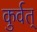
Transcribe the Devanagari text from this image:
कुर्वत्